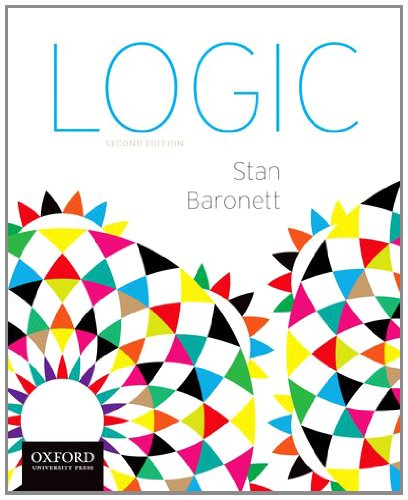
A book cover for Logic; Stan Baronett; Politics & Social Sciences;